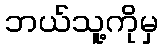
ဘယ်သူ့ကိုမှ